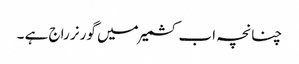
چنانچہ اب کشمیر میں گورنر راج ہے ۔